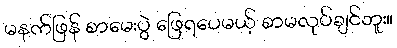
မနက်ဖြန် စာမေးပွဲ ဖြေရပေမယ့် စာမလုပ်ချင်ဘူး။